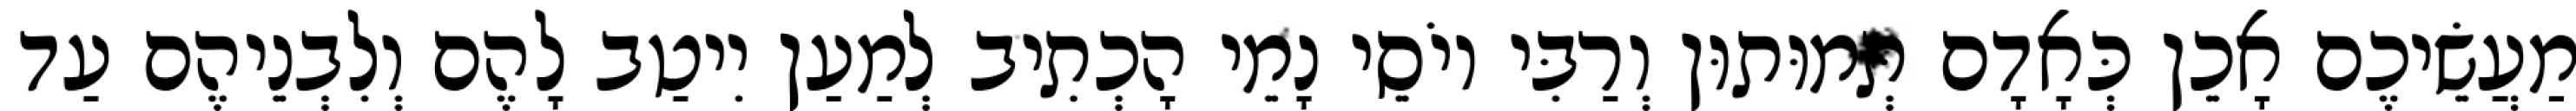
מַעֲשֵׂיכֶם אָכֵן כְּאָדָם תְּמוּתוּן וְרַבִּי יוֹסֵי נָמֵי הָכְתִיב לְמַעַן יִיטַב לָהֶם וְלִבְנֵיהֶם עַד